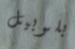
بلوبيل